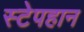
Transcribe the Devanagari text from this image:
स्टेपहान